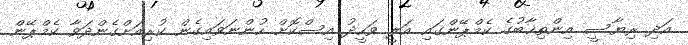
އަދި ރިޔާސީ އިންތިޚާބުގެ ކެމްޕޭންގައި އަލީ ވަހީދު އިސްކޮށް ހުންނަވައިގެން ކުރިއަށްގެންދަވާ ކެމްޕޭން